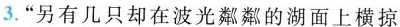
3.”另有几只却在波光粼粼的湖面上横掠